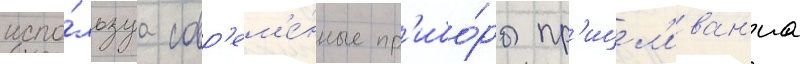
испо́льзуа совр'ем'е́нные пр'ибо́ры пр'ицел'иван'иа